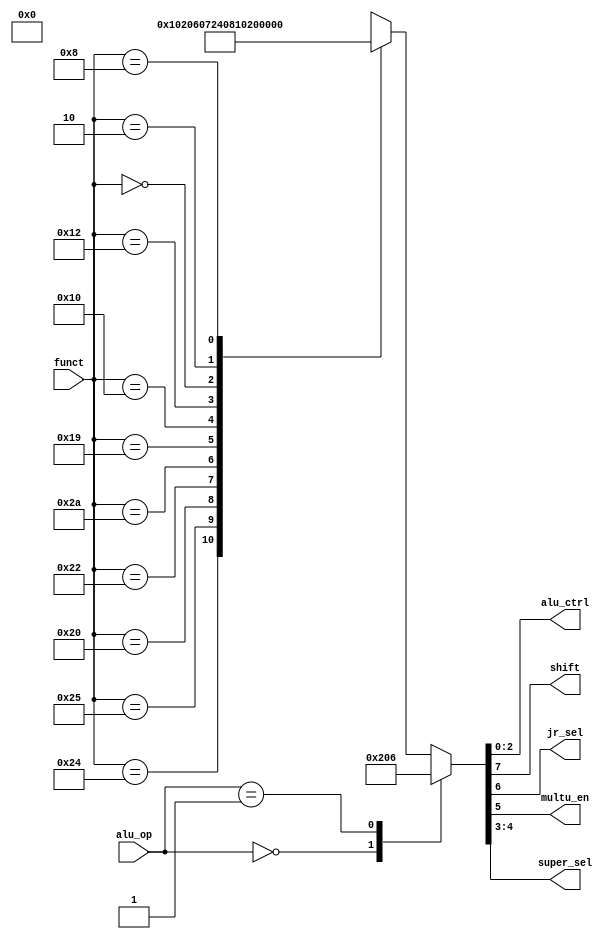
module auxdec (
        input  wire [1:0] alu_op,
        input  wire [5:0] funct,
        output wire [2:0] alu_ctrl,
        output wire       shift,    // shift left = 0, shift right = 1
        output wire       jr_sel,   // select jr 
        output wire       multu_en, // enable HI and LO reg
        output wire [1:0] super_sel // select input for super_mux
    );

    reg [7:0] ctrl;

    assign {shift, jr_sel, multu_en, super_sel, alu_ctrl} = ctrl;

    always @ (alu_op, funct) begin
        case (alu_op)   // alu_ctrl   shift
            2'b00: ctrl = 8'b010;          // ADD
            2'b01: ctrl = 8'b110;          // SUB
            default: case (funct)
                //ALU 
                6'b10_0100: ctrl = 8'b0_0_0_00_000; // AND 
                6'b10_0101: ctrl = 8'b0_0_0_00_001; // OR
                6'b10_0000: ctrl = 8'b0_0_0_00_010; // ADD
                6'b10_0010: ctrl = 8'b0_0_0_00_110; // SUB
                6'b10_1010: ctrl = 8'b0_0_0_00_111; // SLT
                
                //MULTU, MFHI, MFLO
                6'b01_1001: ctrl = 8'b0_0_1_00_100; // MULTU
                6'b01_0000: ctrl = 8'b0_0_0_01_000; // MFHI
                6'b01_0010: ctrl = 8'b0_0_0_10_000; // MFLO
                
                //SLL & SLR
                6'b00_0000: ctrl = 8'b0_0_0_11_000; // SLL
                6'b00_0010: ctrl = 8'b1_0_0_11_000; // SLR
                
                //JR
                6'b00_1000: ctrl = 8'b0_1_0_00_000; // JR 
                default:    ctrl = 8'b0_0_0_00_xxx;
            endcase
        endcase
    end

endmodule